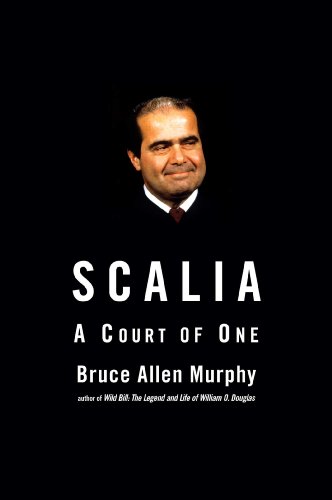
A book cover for Scalia: A Court of One; Bruce Allen Murphy; Law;